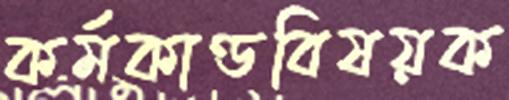
কর্মকাণ্ডবিষয়ক